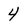
Character: 4